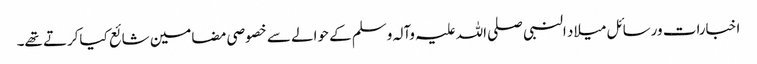
اخبارات ورسائل میلاد النبی صلی اللہ علیہ وآلہ وسلم کے حوالے سے خصوصی مضامین شائع کیاکرتے تھے۔